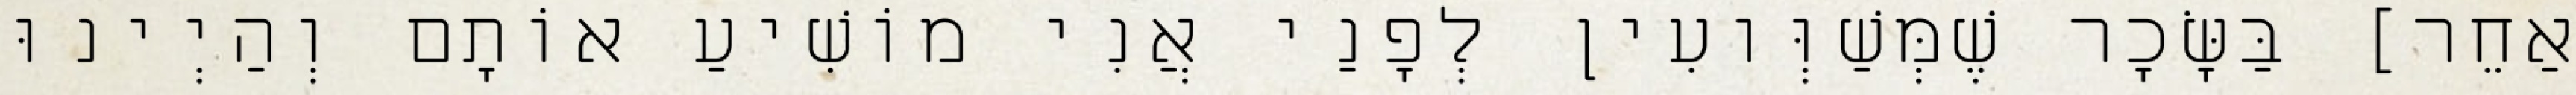
אַחֵר] בַּשָּׂכָר שֶׁמְּשַׁוְּועִין לְפָנַי אֲנִי מוֹשִׁיעַ אוֹתָם וְהַיְינוּ